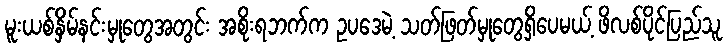
မူးယစ်နှိမ်နင်းမှုတွေအတွင်း အစိုးရဘက်က ဥပဒေမဲ့ သတ်ဖြတ်မှုတွေရှိပေမယ့် ဖိလစ်ပိုင်ပြည်သူ